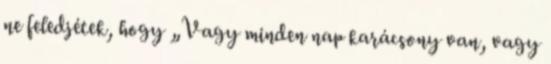
ne feledjétek, hogy „Vagy minden nap karácsony van, vagy